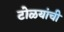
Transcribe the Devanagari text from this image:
टोळयांची